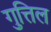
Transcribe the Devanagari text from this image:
गुत्तिल